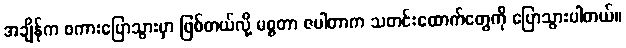
အချိန်က စကားပြောသွားမှာ ဖြစ်တယ်လို့ မစ္စတာ ဇပါတာက သတင်းထောက်တွေကို ပြောသွားပါတယ်။